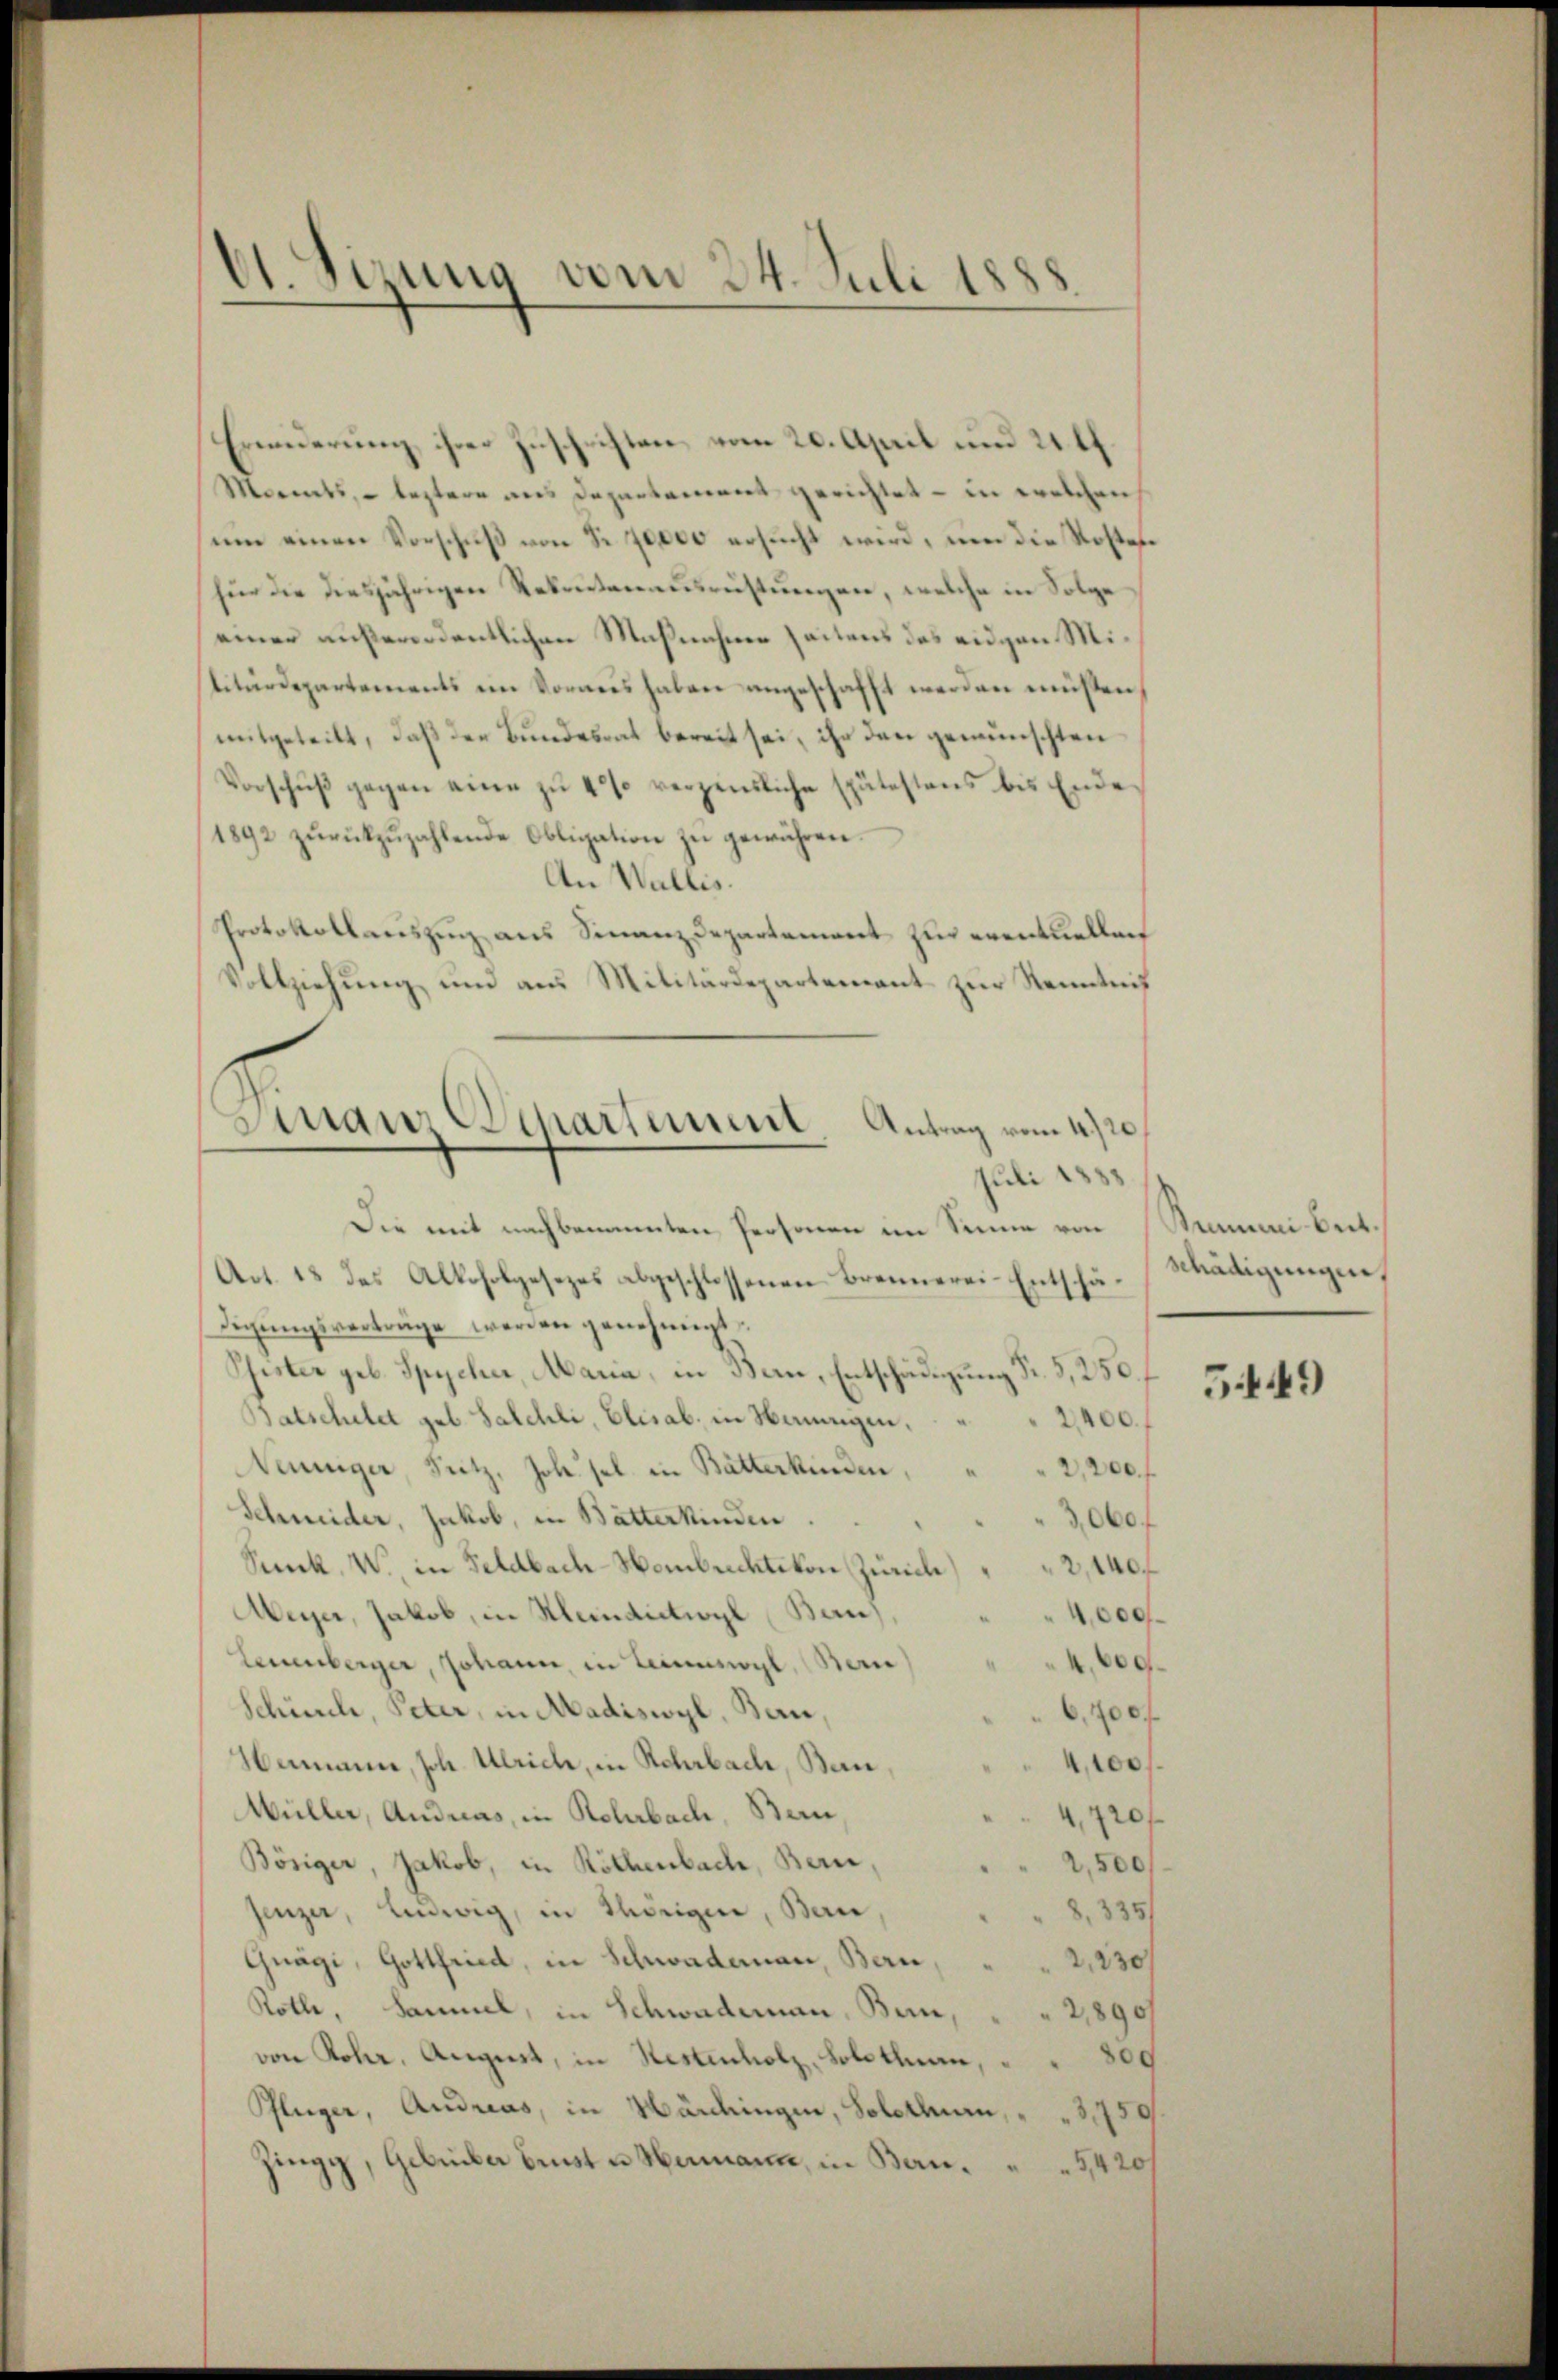
61. Sizung vom 24. Juli 1888

Erinderung ihrer Zuschriften vom 20. April und 21 ff.
Morents, – leztere aus Departament gerichtet - in welchen
ŭm einen Vorschŭβ von Nr. 70000 ersucht wird, um die Kosten
für die diesjährigen Rekrutenausrüstungen, welche in Folge
einer außerordentlichen Maßnahme Zeitens des eidgen Militärdepartements im Vornes haben angeschafft werden müßten,
mitgeteilt, daß der Bundesrat bereit sei, ihr den gewünschten
Vorschŭβ gegen eine zu 4% verzensliche spätestens bis Ende
1892 zŭrückzŭzahlende Obligation zŭ gewähren.
An Wallis.
Protokollauszug aus Finanzdepartement zur eventuellen
Vollziehung und aus Militärdepartement zur Kenntnis

Smaur Separtement Antrag vom 4te
Juli 1883

Die mit nachbrannten Personen im Sinne von Menarbeit.
Act. 18 des Alkoholgesezes abgeschlossenen Brennerei-Entschä-Mädigungen,
digŭngsverträge werden genehmigt.
Pfister geb. Spycher, Maria, in Bern, Entschädigung Fr. 5, 250.
Batschilet geb. Salchli, Elisab. in Herungen.
Nenniger, Fritz, Joh. sel. in Butterkinden
Schmeider, Jakob, in Butterkinden.
Sunk. W. in Feldbach-Hombrechtikon Zürich
Weyer, Jakob, in Meindictions Ban
Leuenberger, Johann, in Leineswyl, Berne
Schindle, Peter, in Madiswyl, Bau,
Hermann, Joh. Ulrich, in Rehrbach, Ban
Wüller, Andreas, in Rohrbach, Bern,
Bösiger, Jakob, in Röthenbach, Bern
Jenzer, Ludwig, in Thörigen, Bern,
Gnägi, Gottfried, in Schwademann, Bern,
Roth, Sammel, in Schwademann, Bern,
von Rohr, August, in Restenholz, Solothurn,
Pflüger, Andreas, in Würdingen, Solothurn, " " 3750.
Zingg, Gelieber brust u. Humann, in Bern.5420/

2400.
2,200. f
060f
2,440.
4,000
g
6,700.
e
e
2,230/
2,890/
800

5449